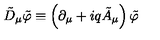
\tilde { D } _ { \mu } \tilde { \varphi } \equiv \left( \partial _ { \mu } + i q \tilde { A } _ { \mu } \right) \tilde { \varphi }